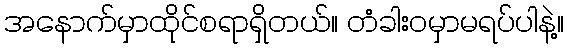
အနောက်မှာထိုင်စရာရှိတယ်။ တံခါးဝမှာမရပ်ပါနဲ့။